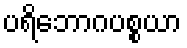
ပရိဘောဂပစ္စယာ